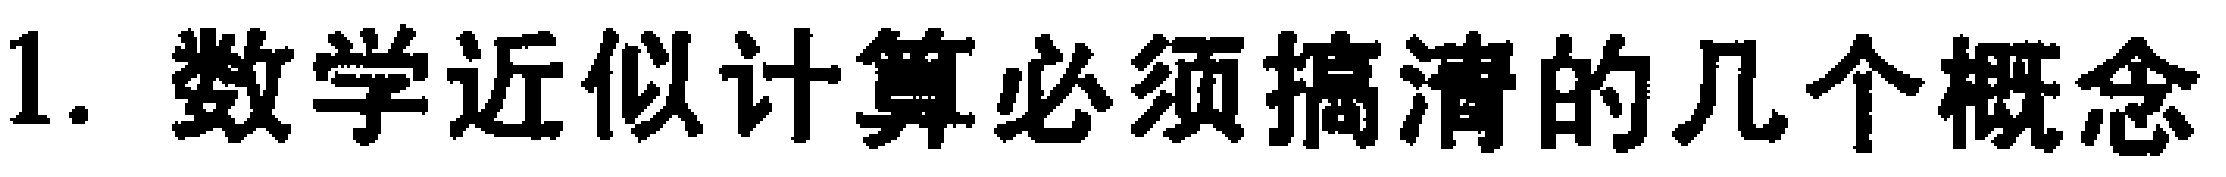
1. 数学近似计算必须搞清的几个概念